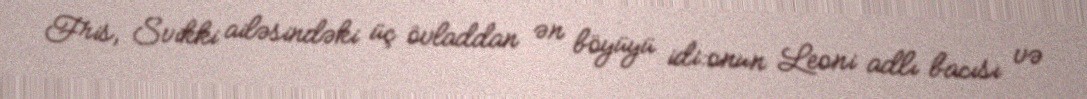
Fris, Svikki ailəsindəki üç övladdan ən böyüyü idi:onun Leoni adlı bacısı və